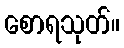
စောရသုတ်။